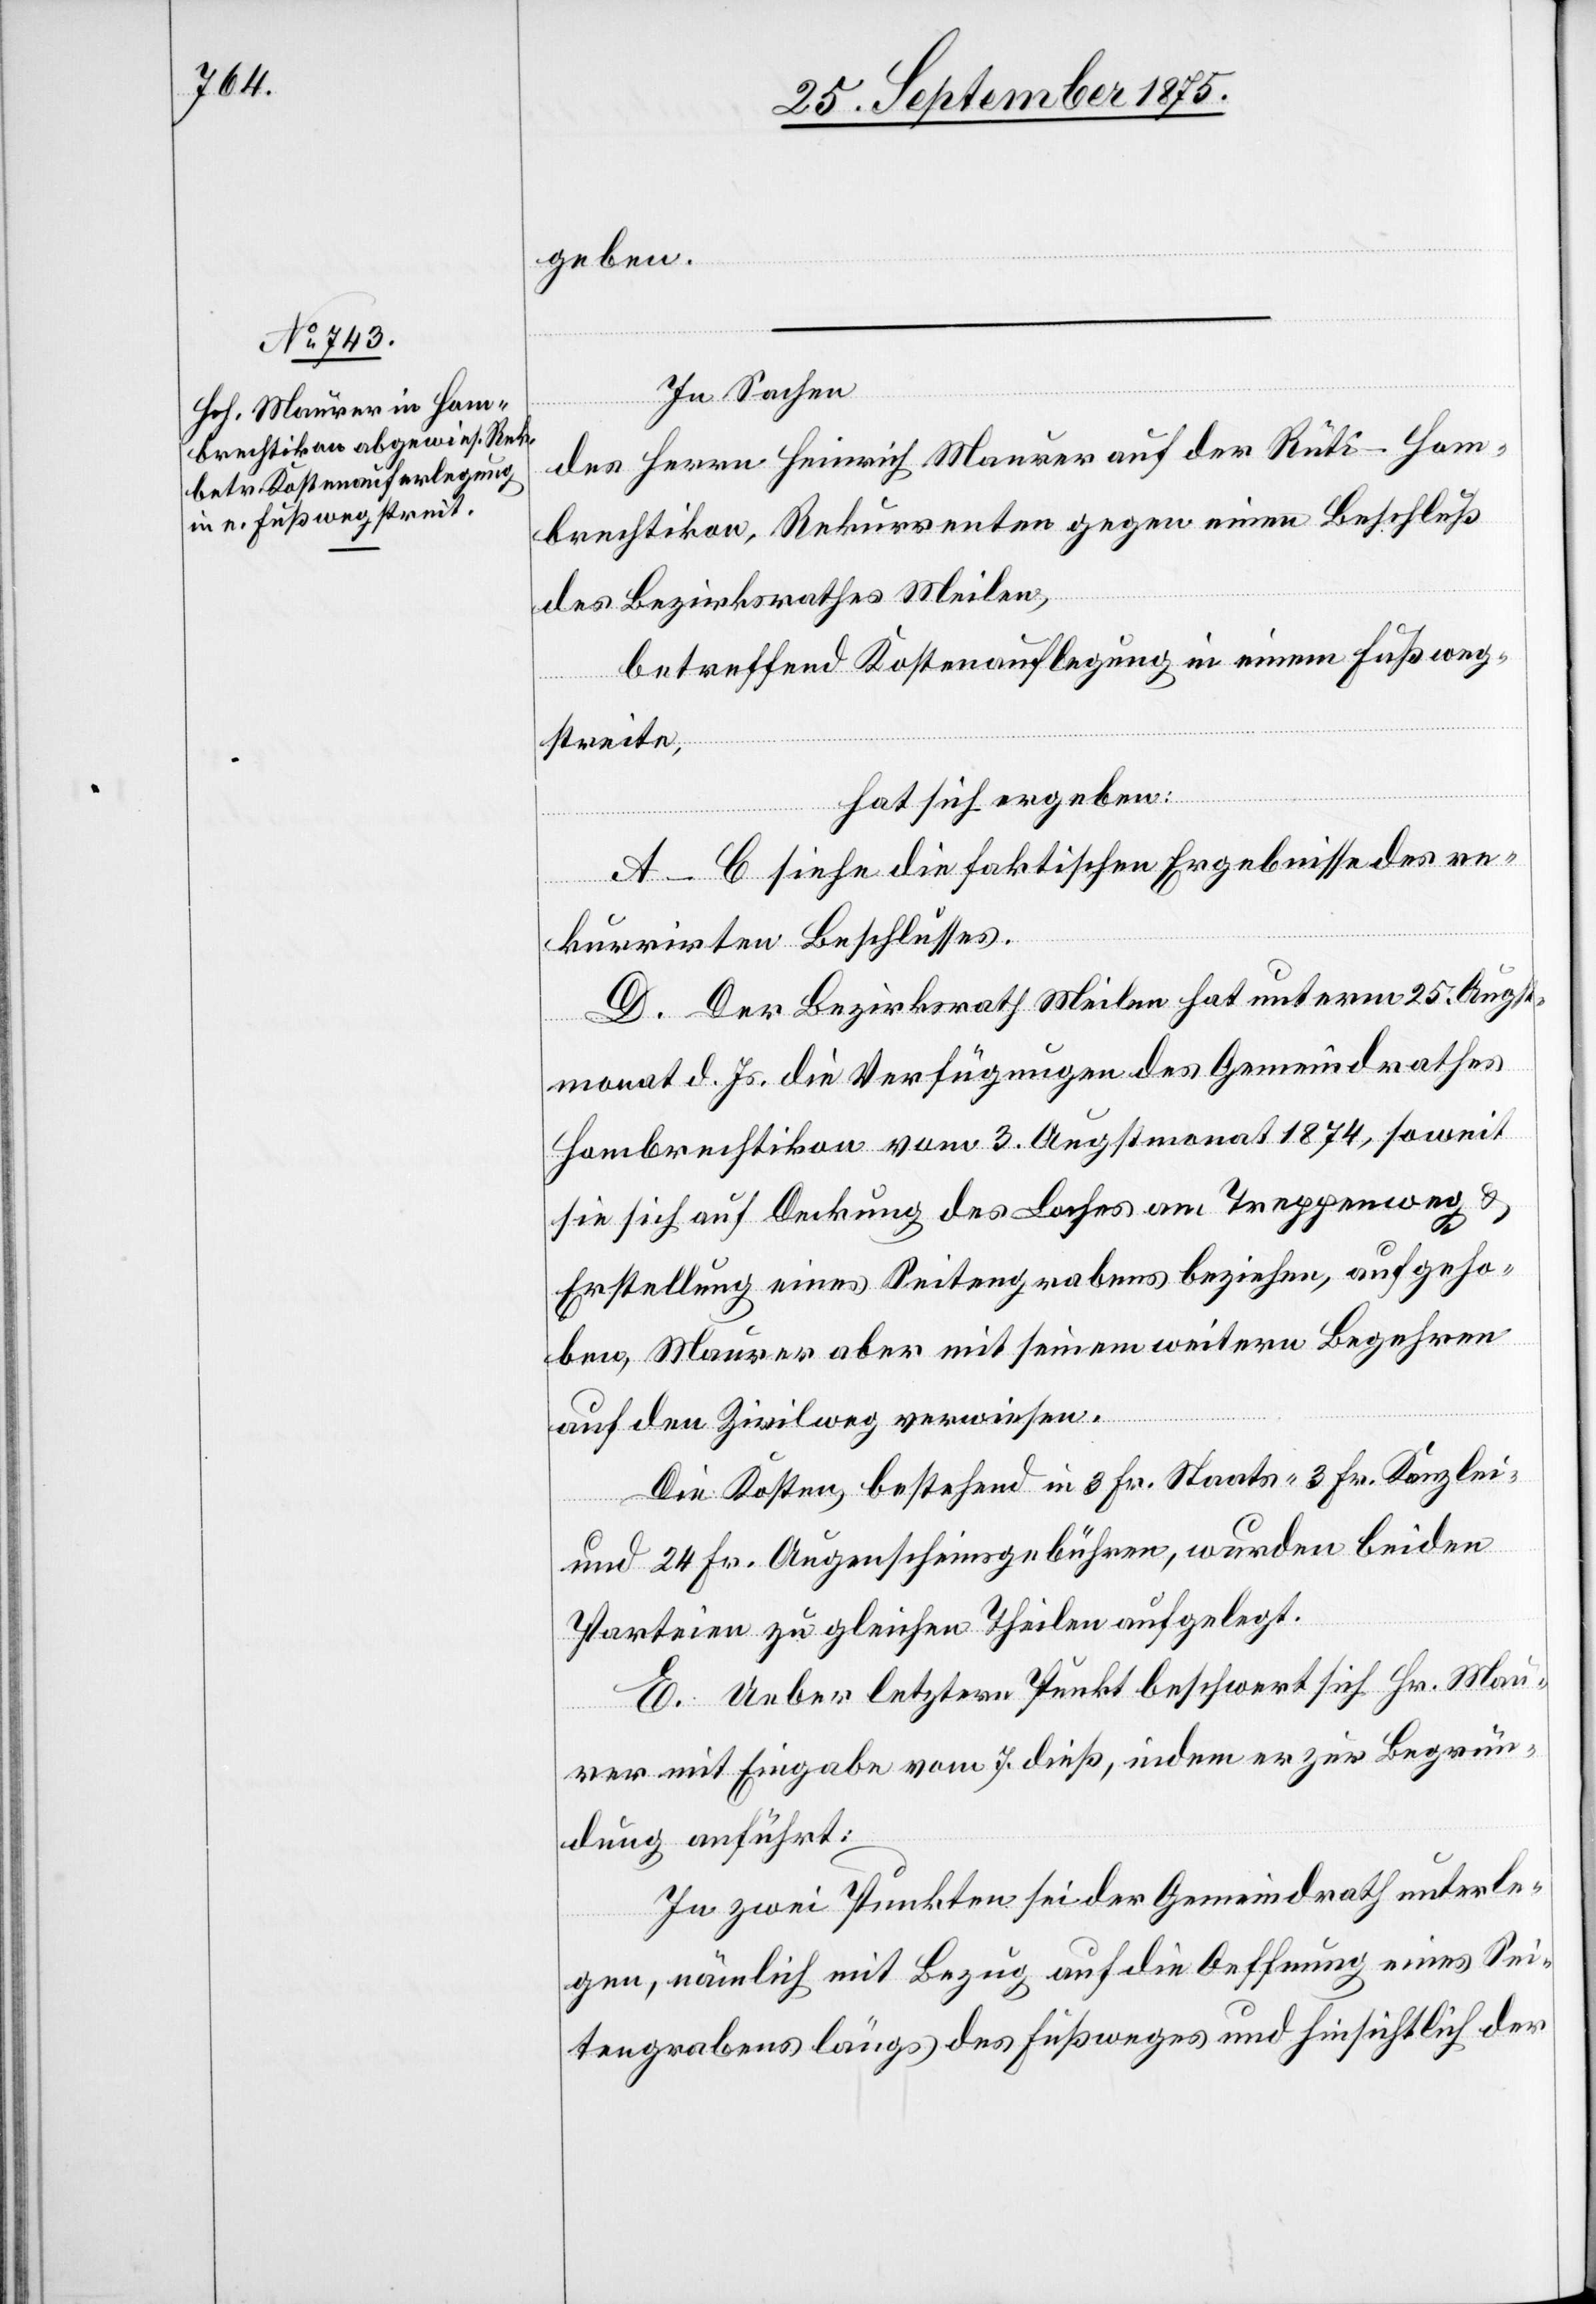
geben.
In Sachen
des Herrn Heinrich Maurer auf der Rüti - Hom¬
brechtikon, Rekurrenten gegen einen Beschluß
des Bezirksrathes Meilen,
betreffend Kostenauflegung in einem Fußweg¬
streite,
hat sich ergeben:
A–C siehe die faktischen Ergebnisse des re¬
kurrirten Beschlusses.
D. Der Bezirksrath Meilen hat unterm 25. Augst¬
monat d. Js. die Verfügungen des Gemeindrathes
Hombrechtikon vom 3. Augstmonat 1874, soweit
sie sich auf Deckung des Loches am Treppenweg &
Erstellung eines Seitengrabens beziehen, aufgeho¬
ben, Maurer aber mit seinem weitern Begehren
auf den Zivilweg verwiesen.
Die Kosten, bestehend in 3 Fr. Staats- 3 Fr. Kanzlei-
und 24 Fr. Augenscheinsgebühren, wurden beiden
Parteien zu gleichen Theilen aufgelegt.
E. Ueber letztern Punkt beschwert sich Hr. Mau¬
rer mit Eingabe vom 7. dieß, indem er zur Begrün¬
dung anführt:
In zwei Punkten sei der Gemeindrath unterle¬
gen, nämlich mit Bezug auf die Oeffnung eines Sei¬
tengrabens längs des Fußweges und hinsichtlich der